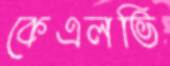
কেএলভি